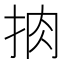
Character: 𢫭